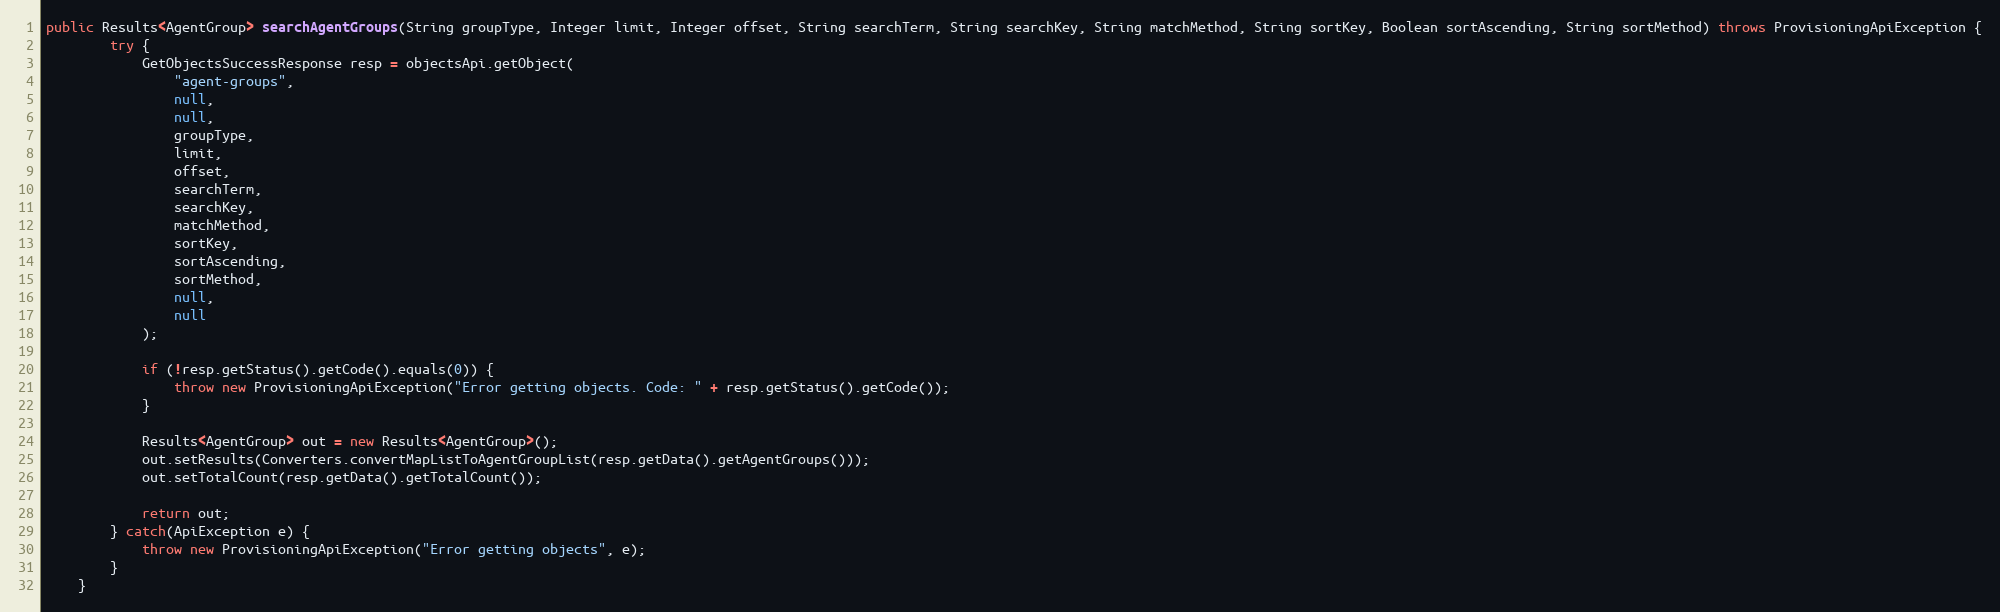
Language: Java
public Results<AgentGroup> searchAgentGroups(String groupType, Integer limit, Integer offset, String searchTerm, String searchKey, String matchMethod, String sortKey, Boolean sortAscending, String sortMethod) throws ProvisioningApiException {
		try {
			GetObjectsSuccessResponse resp = objectsApi.getObject(
				"agent-groups",
				null,
				null,
				groupType,
				limit,
				offset,
				searchTerm,
				searchKey,
				matchMethod,
				sortKey,
				sortAscending,
				sortMethod,
				null,
				null
			);

			if (!resp.getStatus().getCode().equals(0)) {
				throw new ProvisioningApiException("Error getting objects. Code: " + resp.getStatus().getCode());
			}

			Results<AgentGroup> out = new Results<AgentGroup>();
			out.setResults(Converters.convertMapListToAgentGroupList(resp.getData().getAgentGroups()));
			out.setTotalCount(resp.getData().getTotalCount());

			return out;
        } catch(ApiException e) {
        	throw new ProvisioningApiException("Error getting objects", e);
        }
	}